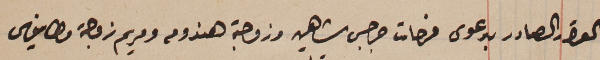
القرار الصادر بدعوى فرحات جرجس شاهين وزوجته هندومه ومريم زوجة مطانيوس